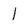
Character: l